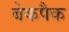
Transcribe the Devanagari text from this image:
बेकपैक